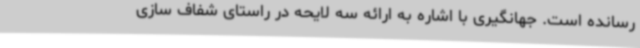
رسانده است. جهانگیری با اشاره به ارائه سه لایحه در راستای شفاف سازی